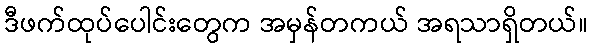
ဒီဖက်ထုပ်ပေါင်းတွေက အမှန်တကယ် အရသာရှိတယ်။